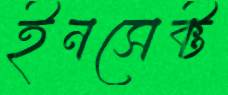
ইনসেক্ট